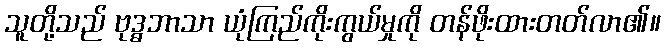
သူတို့သည် ဗုဒ္ဓဘာသာ ယုံကြည်ကိုးကွယ်မှုကို တန်ဖိုးထားတတ်လာ၏။